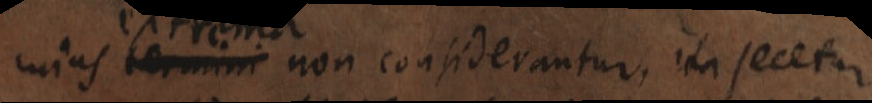
cuius termini non considerantur, ita secetur